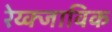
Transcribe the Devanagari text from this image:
रेय्क्जाविक